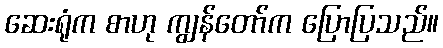
ဆေးရုံက စာဟု ကျွန်တော်က ပြောပြသည်။